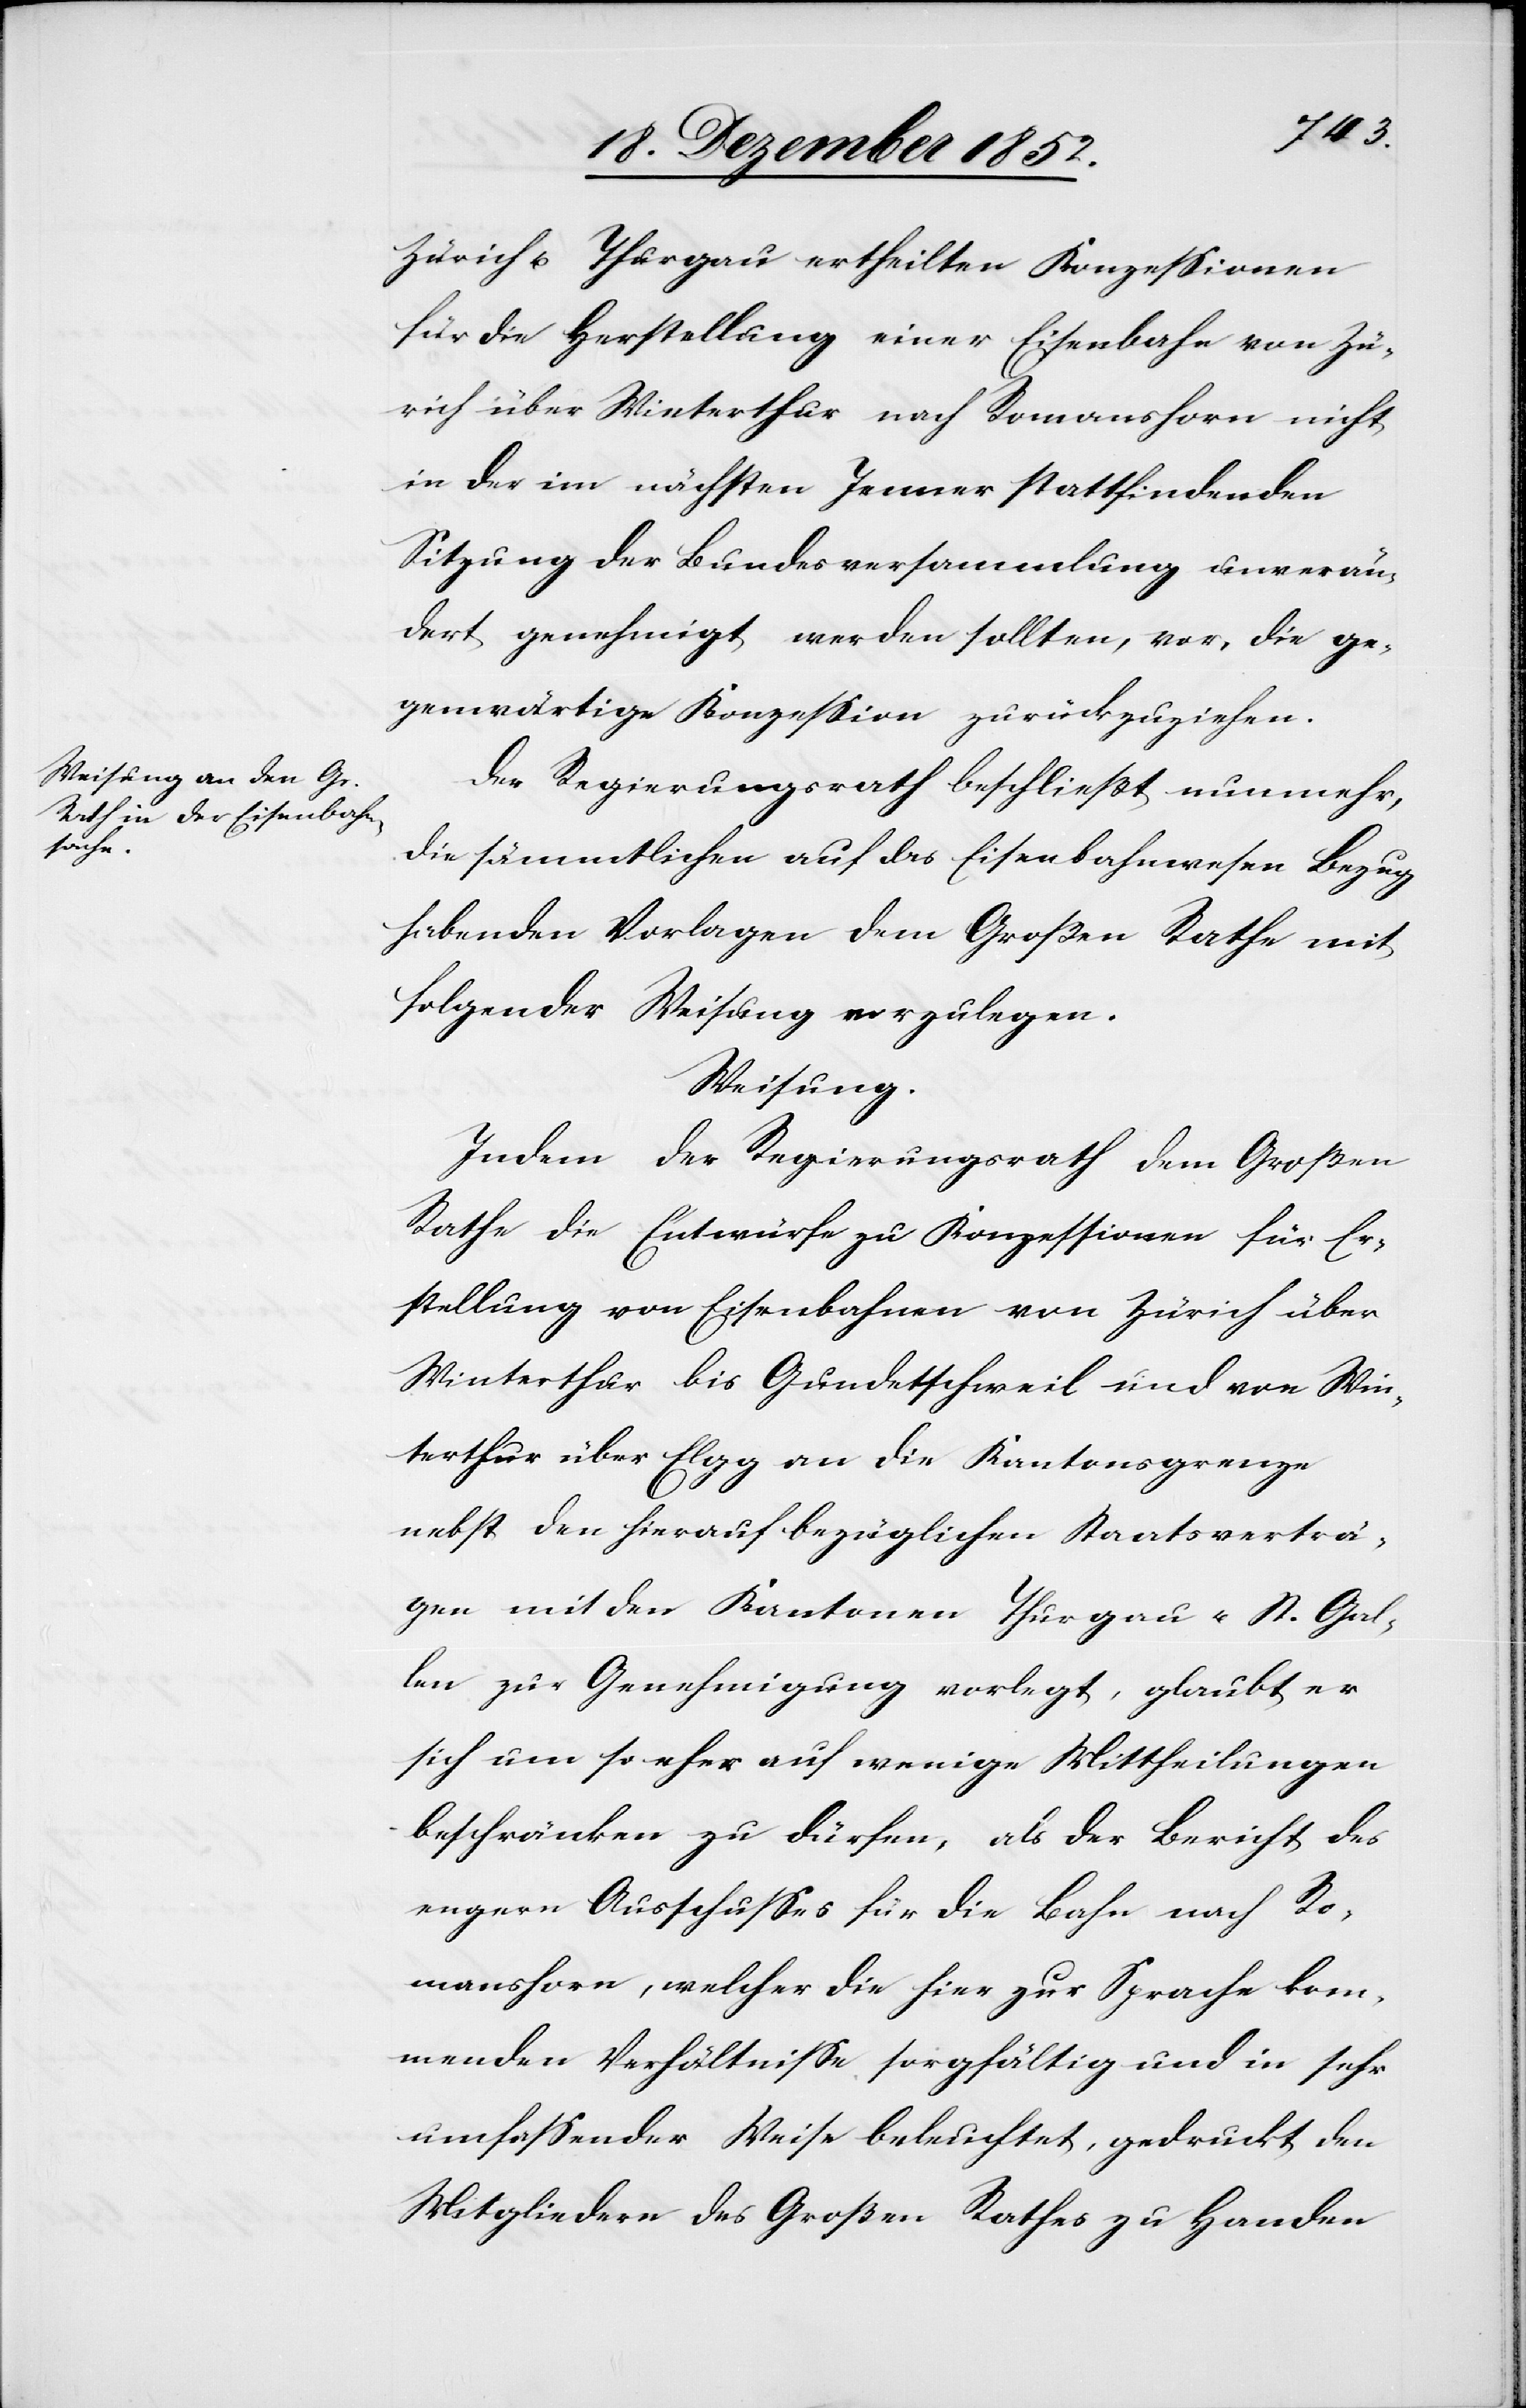
Zürich u. Thurgau ertheilten Konzessionen
für die Herstellung einer Eisenbahn von Zü¬
rich über Winterthur nach Romanshorn nicht
in der im nächsten Jenner stattfindenden
Sitzung der Bundesversammlung unverän¬
dert genehmigt werden sollten, vor, die ge¬
genwärtige Konzession zurückzuziehen.
Der Regierungsrath beschließt nunmehr,
die sämmtlichen auf das Eisenbahnwesen Bezug
habenden Vorlagen dem Großen Rathe mit
folgender Weisung vorzulegen.
Weisung.
Indem der Regierungsrath dem Großen
Rathe die Entwürfe zu Konzessionen für Er¬
stellung von Eisenbahnen von Zürich über
Winterthur bis Gundetschweil und von Win¬
terthur über Elgg an die Kantonsgrenze
nebst den hierauf bezüglichen Staatsverträ¬
gen mit den Kantonen Thurgau u. St. Gal¬
len zur Genehmigung vorlegt, glaubt er
sich um so eher auf wenige Mittheilungen
beschränken zu dürfen, als der Bericht des
engern Ausschusses für die Bahn nach Ro¬
manshorn, welcher die hier zur Sprache kom¬
menden Verhältnisse sorgfältig und in sehr
umfassender Weise beleuchtet, gedruckt den
Mitgliedern des Großen Rathes zu Handen